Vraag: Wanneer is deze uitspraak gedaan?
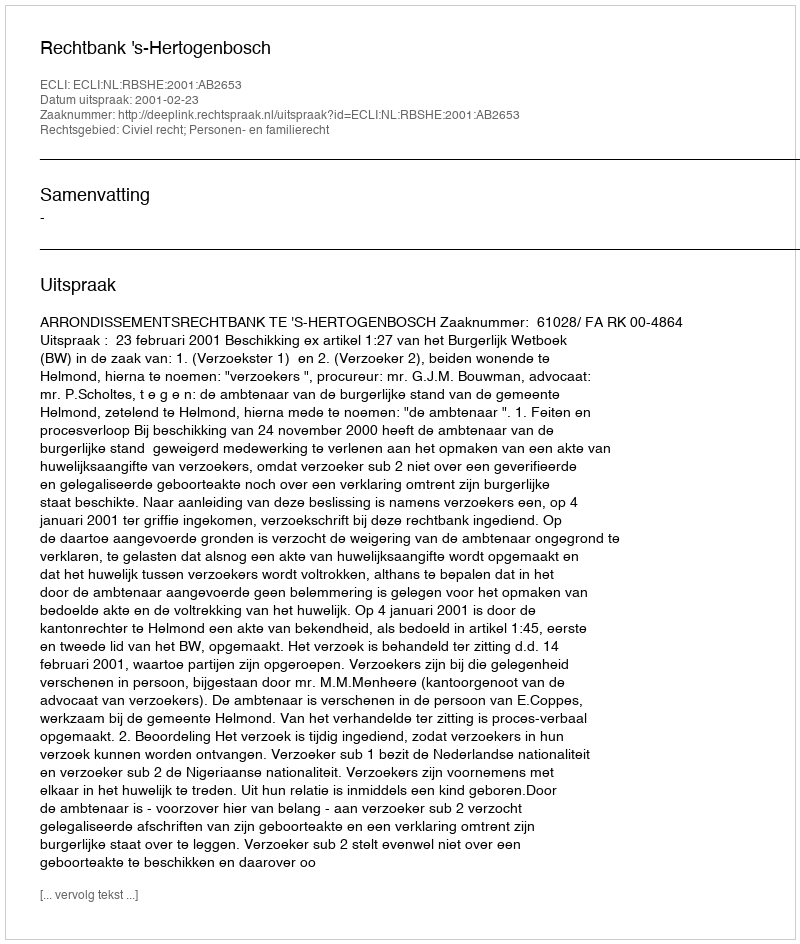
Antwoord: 2001-02-23